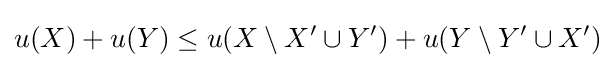
u(X)+u(Y)\leq u(X\setminus X'\cup Y')+u(Y\setminus Y'\cup X')